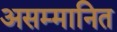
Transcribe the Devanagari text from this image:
असम्मानित